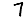
Digit: 7